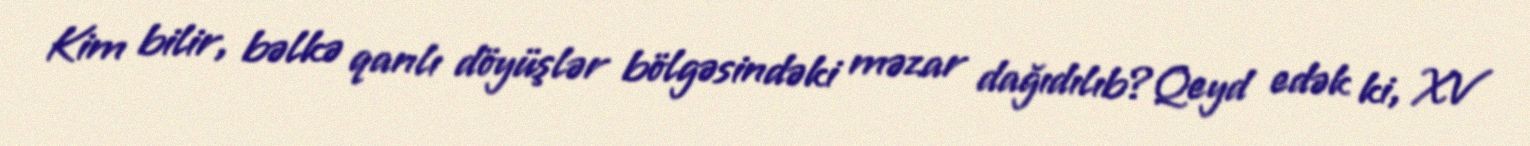
Kim bilir, bəlkə qanlı döyüşlər bölgəsindəki məzar dağıdılıb?Qeyd edək ki, XV